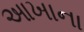
આખાના